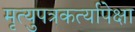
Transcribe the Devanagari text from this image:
मृत्युपत्रकर्त्यापेक्षा